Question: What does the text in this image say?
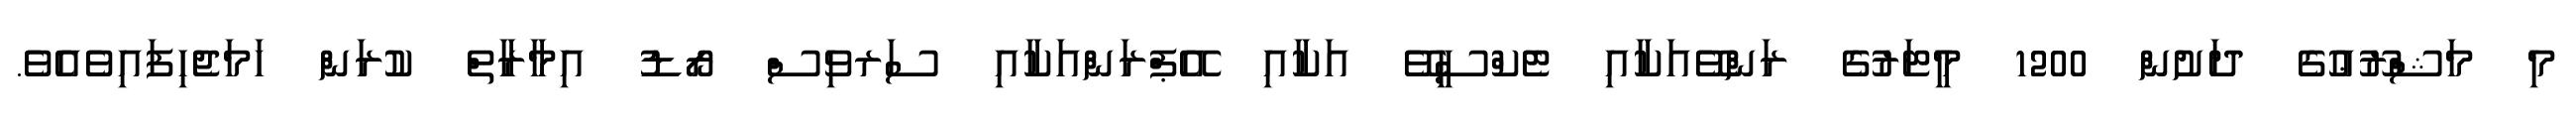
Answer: މި މަޝްރޫޢުގެ ދަށުން 1200 މީޓަރުގެ ރަންވޭއަކާއި ޓެކްސީވޭ އަކާއި އޭޕްރަންއަކާއި ސަރވިސް ރޯޑު އިމާރާތް ކުރަން ހަމަޖެހިފައިވެއެވެ.